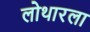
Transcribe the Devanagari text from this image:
लोथारला